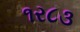
૧ર૮૩